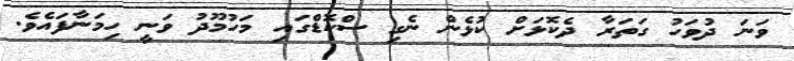
ވަނަ ދުވަހު ގަތަރާ ދެކޮޅަށް ކުޅެން ނެގި ސްކޮޑްގައި މަހުމޫދު ވަނީ ހިމަނާފައެވެ.